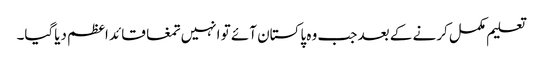
تعلیم مکمل کرنے کے بعد جب وہ پاکستان آئے تو انہیں تمغا قائد اعظم دیاگیا۔